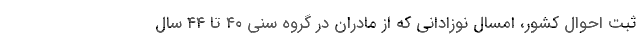
ثبت احوال کشور، امسال نوزادانی که از مادران در گروه سنی ۴۰ تا ۴۴ سال